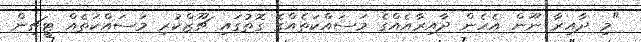
"މި ދާއިރާ ނޫން އެހެން ދާއިރާއެއްގެ މަސައްކަތެއްގެ ގޮތުގައި ޗޫޒްކުރި މަސައްކަތެއް ޓީޗިން